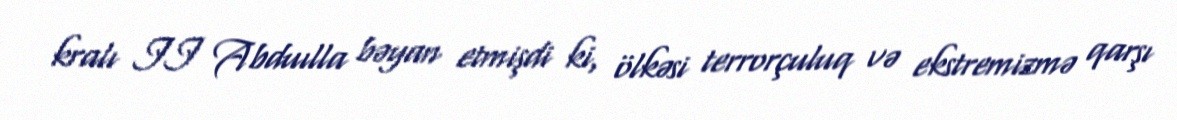
kralı II Abduılla bəyan etmişdi ki, ölkəsi terrorçuluq və ekstremizmə qarşı